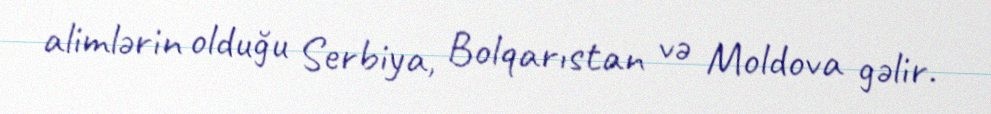
alimlərin olduğu Serbiya, Bolqarıstan və Moldova gəlir.